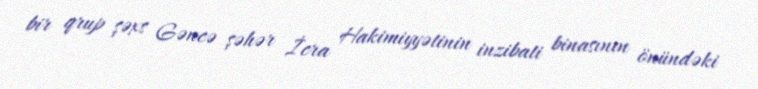
bir qrup şəxs Gəncə şəhər İcra Hakimiyyətinin inzibati binasının önündəki